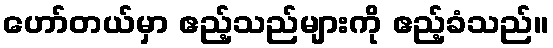
ဟော်တယ်မှာ ဧည့်သည်များကို ဧည့်ခံသည်။